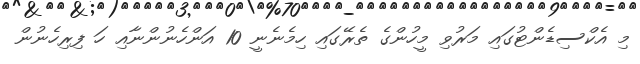
މި އެކްސިޑެންޓުގައި މަރުވި މީހުންގެ ތެރޭގައި ހިމެނެނީ 10 އަންހެނުންނާއި ހަ ފިރިހެނުން